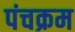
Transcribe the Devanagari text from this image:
पंचक्रम